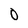
Character: 0